Veski_algkool, lk 10
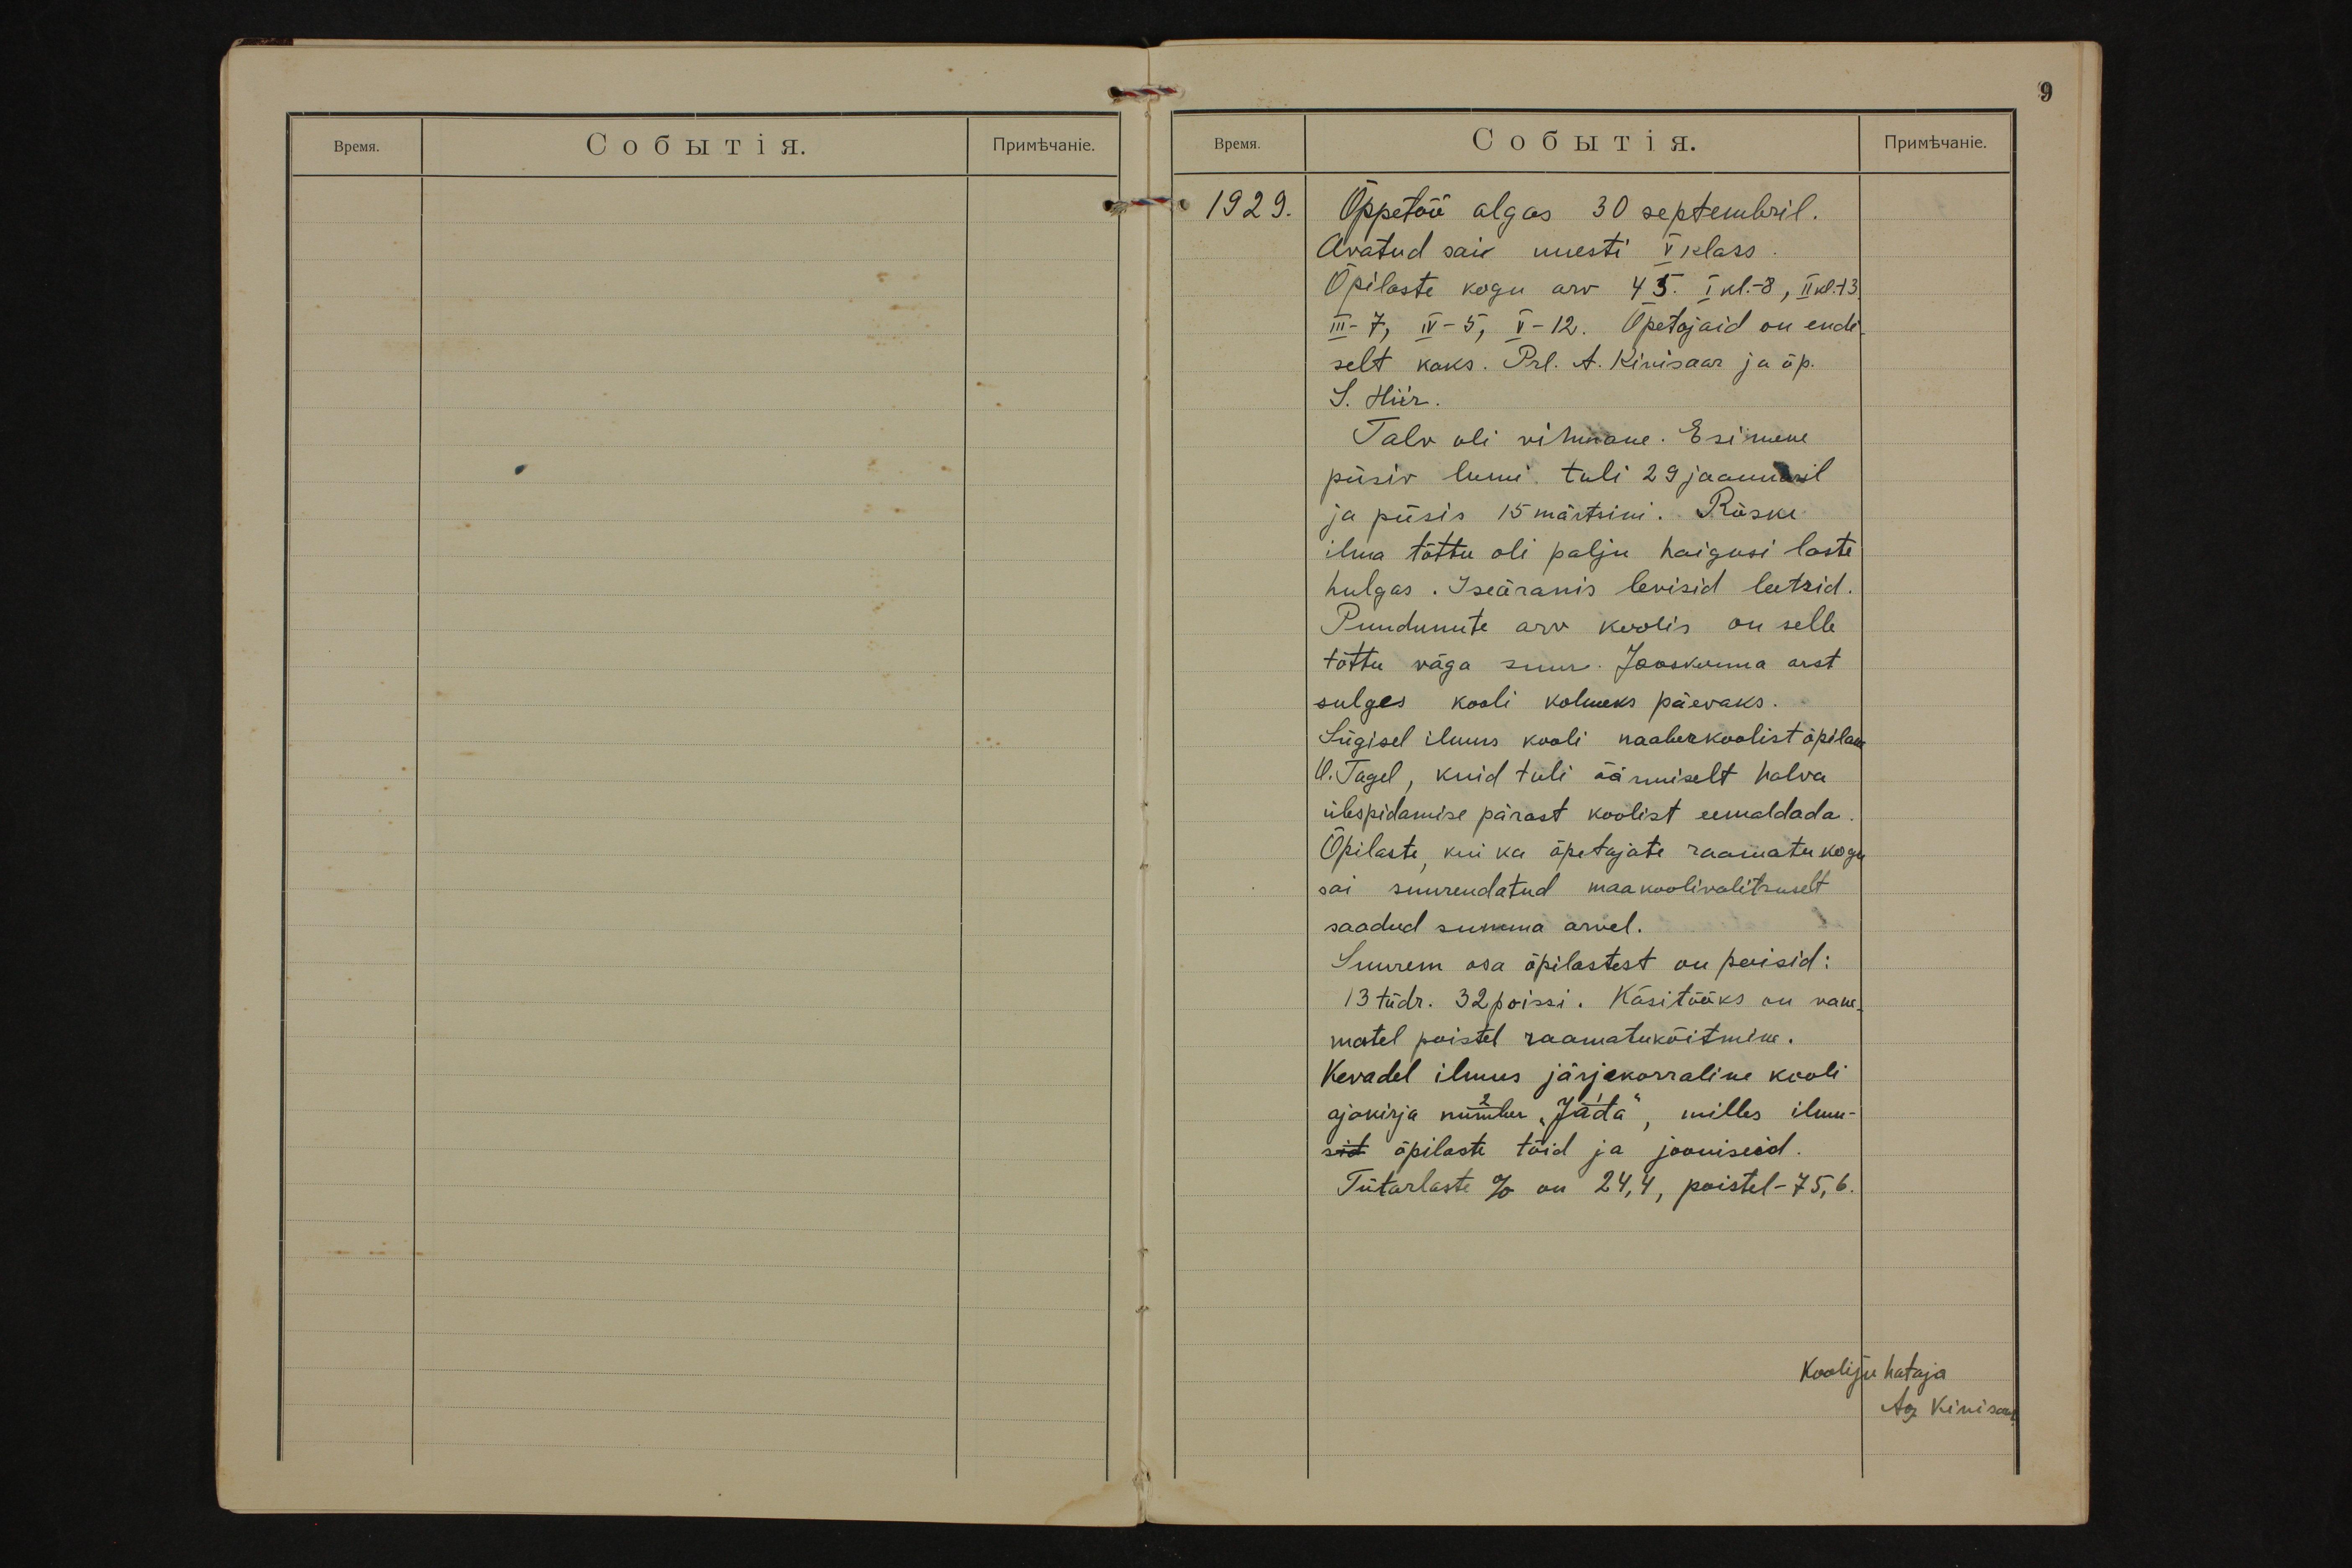
1929.
Õppetöö algas 30 septembril.
Avatud sai uuesti V klass.
Õpilaste kogu arv 45. I kl. - 8, II kl. -13
III - 7, IV - 5, V - 12. Õpetajaid on endi-
selt kaks. Prl. A. Kivisaar ja õp.
S. Hiir.
Talv oli vihmane. Esimene
püsiv lumi tuli 29 jaanuaril
ja püsis 15 märtsini. Rõske
ilma tõttu oli palju haigusi laste
hulgas. Iseäranis levisid leetrid.
Puudunute arv koolis on selle
tõttu väga suur. Jaoskonna arst
sulges kooli kolmeks päevaks.
Sügisel ilmus kooli naaberkoolist õpilane
O. Tagel, kuid tuli äärmiselt halva
ülespidamise pärast koolist eemaldada.
Õpilaste, kui ka õpetajate raamatukogu
sai suurendatud maakoolivalitsuselt
saadud summa arvel.
Suurem osa õpilastest on poisid:
13 tüdr. 32 poissi. Käsitööks on vane-
matel poistel raamatuköitmine.
Kevadel ilmus järjekorraline kooli
ajakirja number "Jada", milles ilmu-
sid õpilaste töid ja jooniseid.
Tütarlaste % on 24,4, poistel - 75,6.
Koolijuhataja
Ag. Kivisaar.